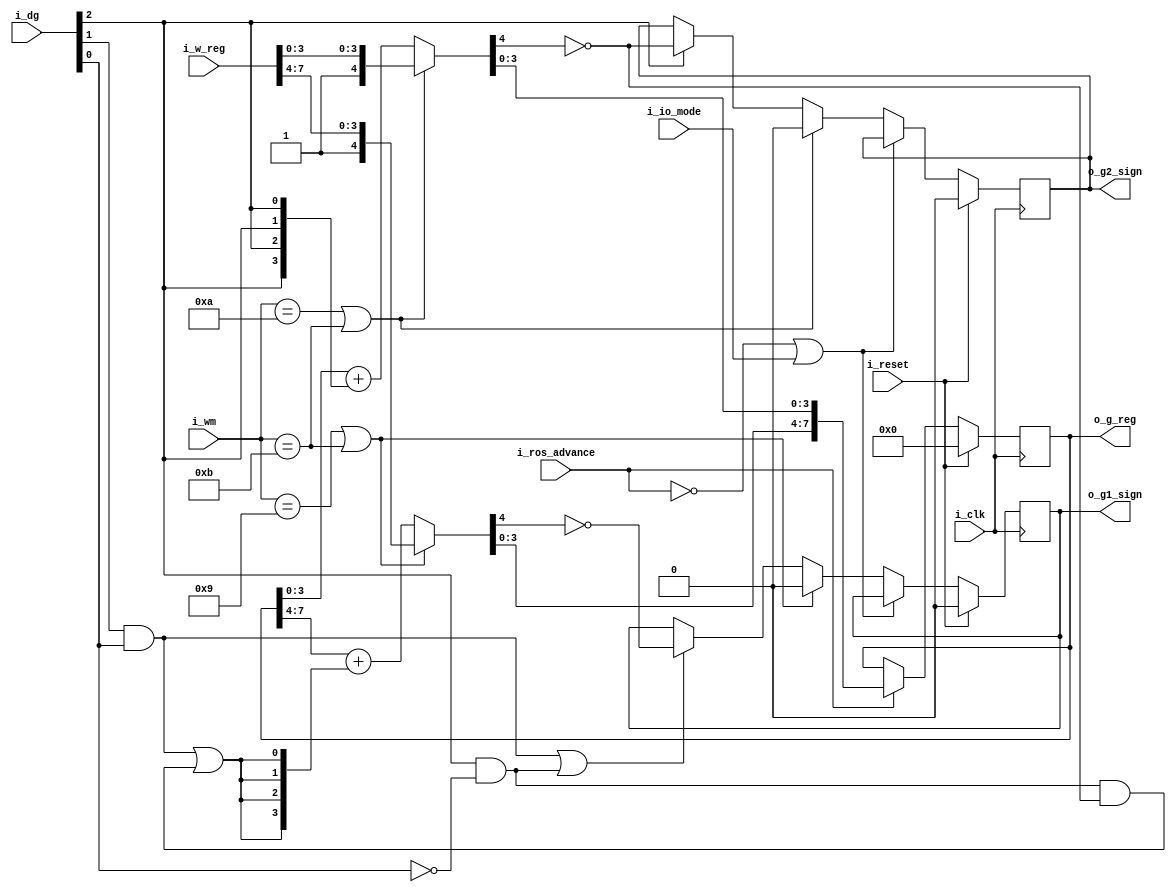
`default_nettype   none

// 2050 length counter (g register) decrement or set logic

// see
// 2050 Control Field Specification
// CFC 105 - 2050 control field specification - cpu mode (wm,up,md,lb,mb,dg)
// [pdf page 6]
// WM9 WM10 WM11
// DG3 DG4 DG5 DG6 DG7

// for DG4 | DG6, how does WM10 interact?

module x2050greg (i_clk, i_reset,
	i_ros_advance,
	i_io_mode,
	i_dg,
	i_wm,
	i_w_reg,
	o_g_reg,
	o_g1_sign,
	o_g2_sign);

	input wire i_clk;
	input wire i_reset;
	input wire i_ros_advance;
	input wire i_io_mode;

	input wire [3:0] i_wm;
	input wire [2:0] i_dg;
	input wire [7:0] i_w_reg;
	output reg [7:0] o_g_reg;
	output reg o_g1_sign;
	output reg o_g2_sign;

	// g1,2 counter: kk551-561
	// g1,2 zero condition: kk571

	wire n1, n2;
	wire [3:0] incr1, incr2;
	wire [7:0] next_greg;

	assign incr2 = {4{i_dg[2]}};	// DG4 DG5 DG6 DG7
	assign incr1 = {4{
		(i_dg[1] & i_dg[0])		// DG3 DG7
		| (i_dg[2] & ~i_dg[0] & ~n2)	// DG4 DG6, borrow
	}};
	wire maybeincr1 =
		(i_dg[1] & i_dg[0])		// DG3 DG7
		| (i_dg[2] & ~i_dg[0]);		// DG4 DG6

	wire set_g1 = (i_wm == 4'd9) | (i_wm == 4'd11);
	wire set_g2 = (i_wm == 4'd10) | (i_wm == 4'd11);

	assign {n2,next_greg[3:0]} = set_g2 ?
		{1'b1, i_w_reg[3:0]} :
		{1'b0,o_g_reg[3:0]} + incr2;
	assign {n1,next_greg[7:4]} = set_g1 ?
		{1'b1, i_w_reg[7:4]} :
		{1'b0,o_g_reg[7:4]} + incr1;

	wire next_g1_sign = ~n1;
	wire next_g2_sign = ~n2;

always @(posedge i_clk)
	if (i_reset)
		o_g_reg <= 0;
	else if (!i_ros_advance)
		;
	else begin
		o_g_reg <= next_greg;
	end
always @(posedge i_clk)
	if (i_reset) begin
		o_g1_sign <= 0;
		o_g2_sign <= 0;
	end else if (!i_ros_advance | i_io_mode)
		;
	else begin
		if (set_g2)
			o_g2_sign <= 1'b0;
		else if (i_dg[2])
			o_g2_sign <= next_g2_sign;
		if (set_g1)
			o_g1_sign <= 1'b0;
		else if (maybeincr1)
			o_g1_sign <= next_g1_sign;
	end
endmodule